Kambja_algkool, lk 59
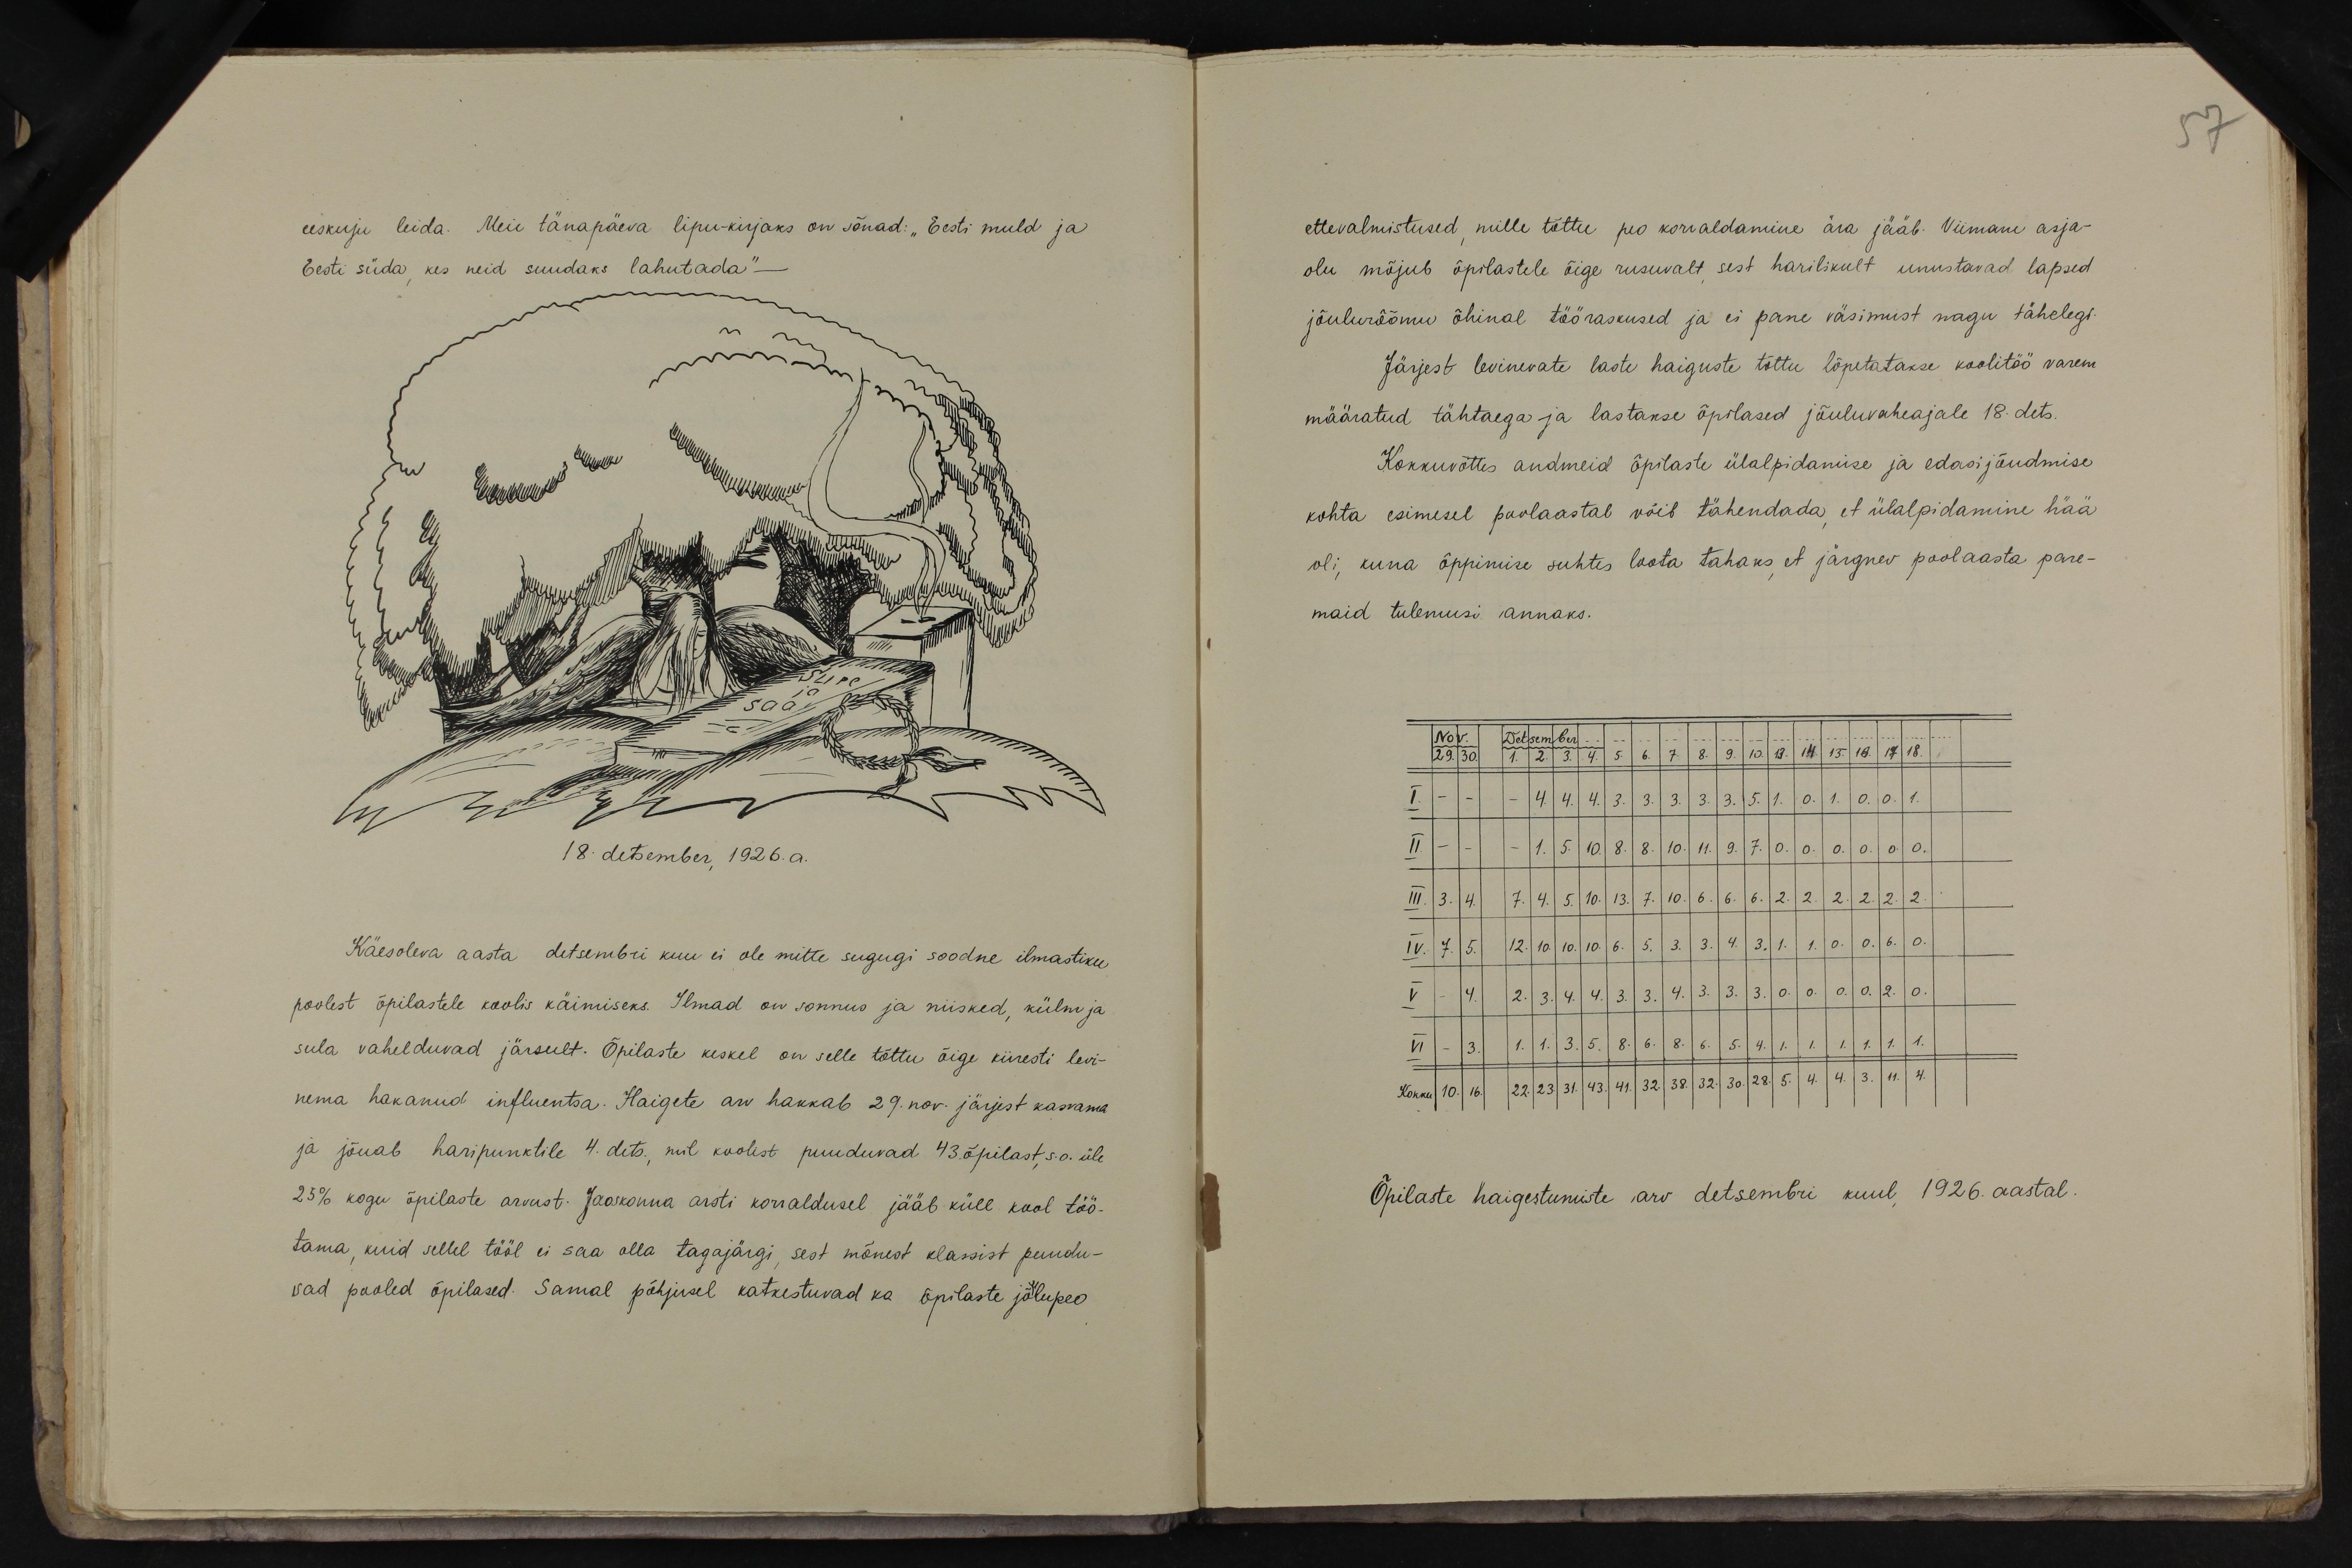
57

eeskuju leida. Meie tänapäeva lipu-kirjaks on sõnad: "Eesti muld ja
Eesti süda kes neid suudaks lahutada"
18. detsember, 1926. a.
Käesoleva aasta detsembri kuu ei ole mitte sugugi soodne ilmastiku
poolest õpilastele koolis käimiseks. Ilmad on sonnus ja niisked, külm ja
sula vahelduvad järsult. Õpilaste keskel on selle tõttu õige kiiresti levi-
nema hakanud influentsa. Haigete arv hakkab 29. nov. järjest kasvama.
ja jõuab haripunktile 4. dets., mil koolist puuduvad 43. õpilast, s.o. üle
25% kogu õpilaste arvust. Jaakonna arsti korraldusel jääb küll kool töö-
tama, kuid sellel tööl ei saa olla tagajärgi, sest mõnest klassist puudu-
vad pooled õpilased. Samal põhjusel katkestuvad ka Õpilaste jõulupeo

ettevalmistused, mille tõttu peo korraldamine ära jääb. Viimane asja-
olu mõjub õpilastele õige rusuvalt sest harilikult unustavad lapsed
jõulurõõmu õhinal tööraseused ja ei pane väsimust nagu tähelegi-
Järjest levinevate laste haiguste tõttu lõpetatakse koolitöö varem
määratud tähtaega ja lastakse õpilased jõuluvaheajale 18. dets.
Kokkuvõttes andmeid õpilaste ülalpidamise ja edasijõudmise
kohta esimesel poolaastal võib tähendada, et ülalpidamine hää
oli, kuna õppimise suhtes loota tahaks, et järgnev poolaasta pare-
maid tulemusi annaks.
Nov 29.30. Detsember 4 5 6 7. 8. 9 10. 18 14. 15. 17 18
I - - 4.4.4.3.3.3.3.3.3.5.1.0.1.0.0.1
II - 1. 5. 10.8.8.10.11.9.7.0.0.0.0.0.0.
III. 3. 4. 7.4. 5. 10. 13. 7. 10. 6.6.6.2.2. 2. 2. 2.2.
IV. 7. 5. 12.10.10.6.5.3.3.4.3.1. 1.0.0.6.0
V 4. 2. 3. 4. 4.3 3.4.3.3.3.0.0.0.0.2.0.
VI - 3. 1. 1. 3. 5. 8. 6. 6.4.5. 4. 1.1.1.1.1.1.
Kokku 10.16. 22. 23. 31. 43. 41. 32. 38. 32.30. 28. 5.4. 4. 3. 11.4.
Õpilaste haigestumiste arv detsembri kuul, 1926. aastal.